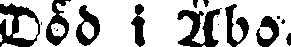
Död i Åbo.